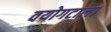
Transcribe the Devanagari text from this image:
वयोगटाला